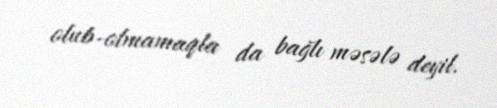
olub-olmamaqla da bağlı məsələ deyil.